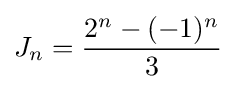
J_{n}={\frac {2^{n}-(-1)^{n}}{3}}